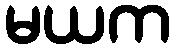
မယက